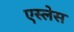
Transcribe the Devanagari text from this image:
एस्लेस